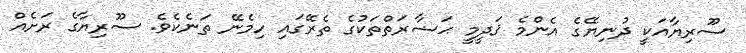
ސޫރިޔާއަކީ ދުނިޔޭގެ އެންމެ ޤަދީމީ ޙަޟާރަތްތަކުގެ ތެރޭގައި ހިމެނޭ ތަނެކެވެ. ސޫރިޔާގެ ރަށެއް